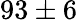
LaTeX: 93\pm 6